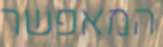
המאפשר